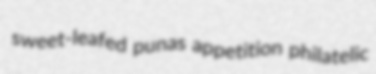
sweet-leafed punas appetition philatelic